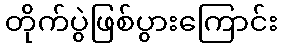
တိုက်ပွဲဖြစ်ပွားကြောင်း